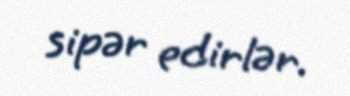
sipər edirlər.